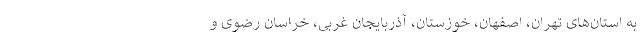
به استان‌های تهران، اصفهان، خوزستان، آذربایجان غربی، خراسان رضوی و